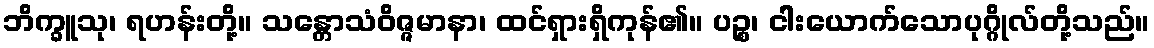
ဘိက္ခူသု၊ ရဟန်းတို့။ သန္တောသံဝိဇ္ဇမာနာ၊ ထင်ရှားရှိကုန်၏။ ပဉ္စ၊ ငါးယောက်သောပုဂ္ဂိုလ်တို့သည်။